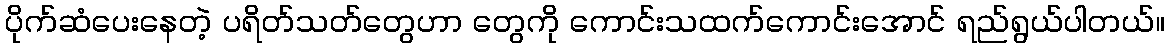
ပိုက်ဆံပေးနေတဲ့ ပရိတ်သတ်တွေဟာ တွေကို ကောင်းသထက်ကောင်းအောင် ရည်ရွယ်ပါတယ်။